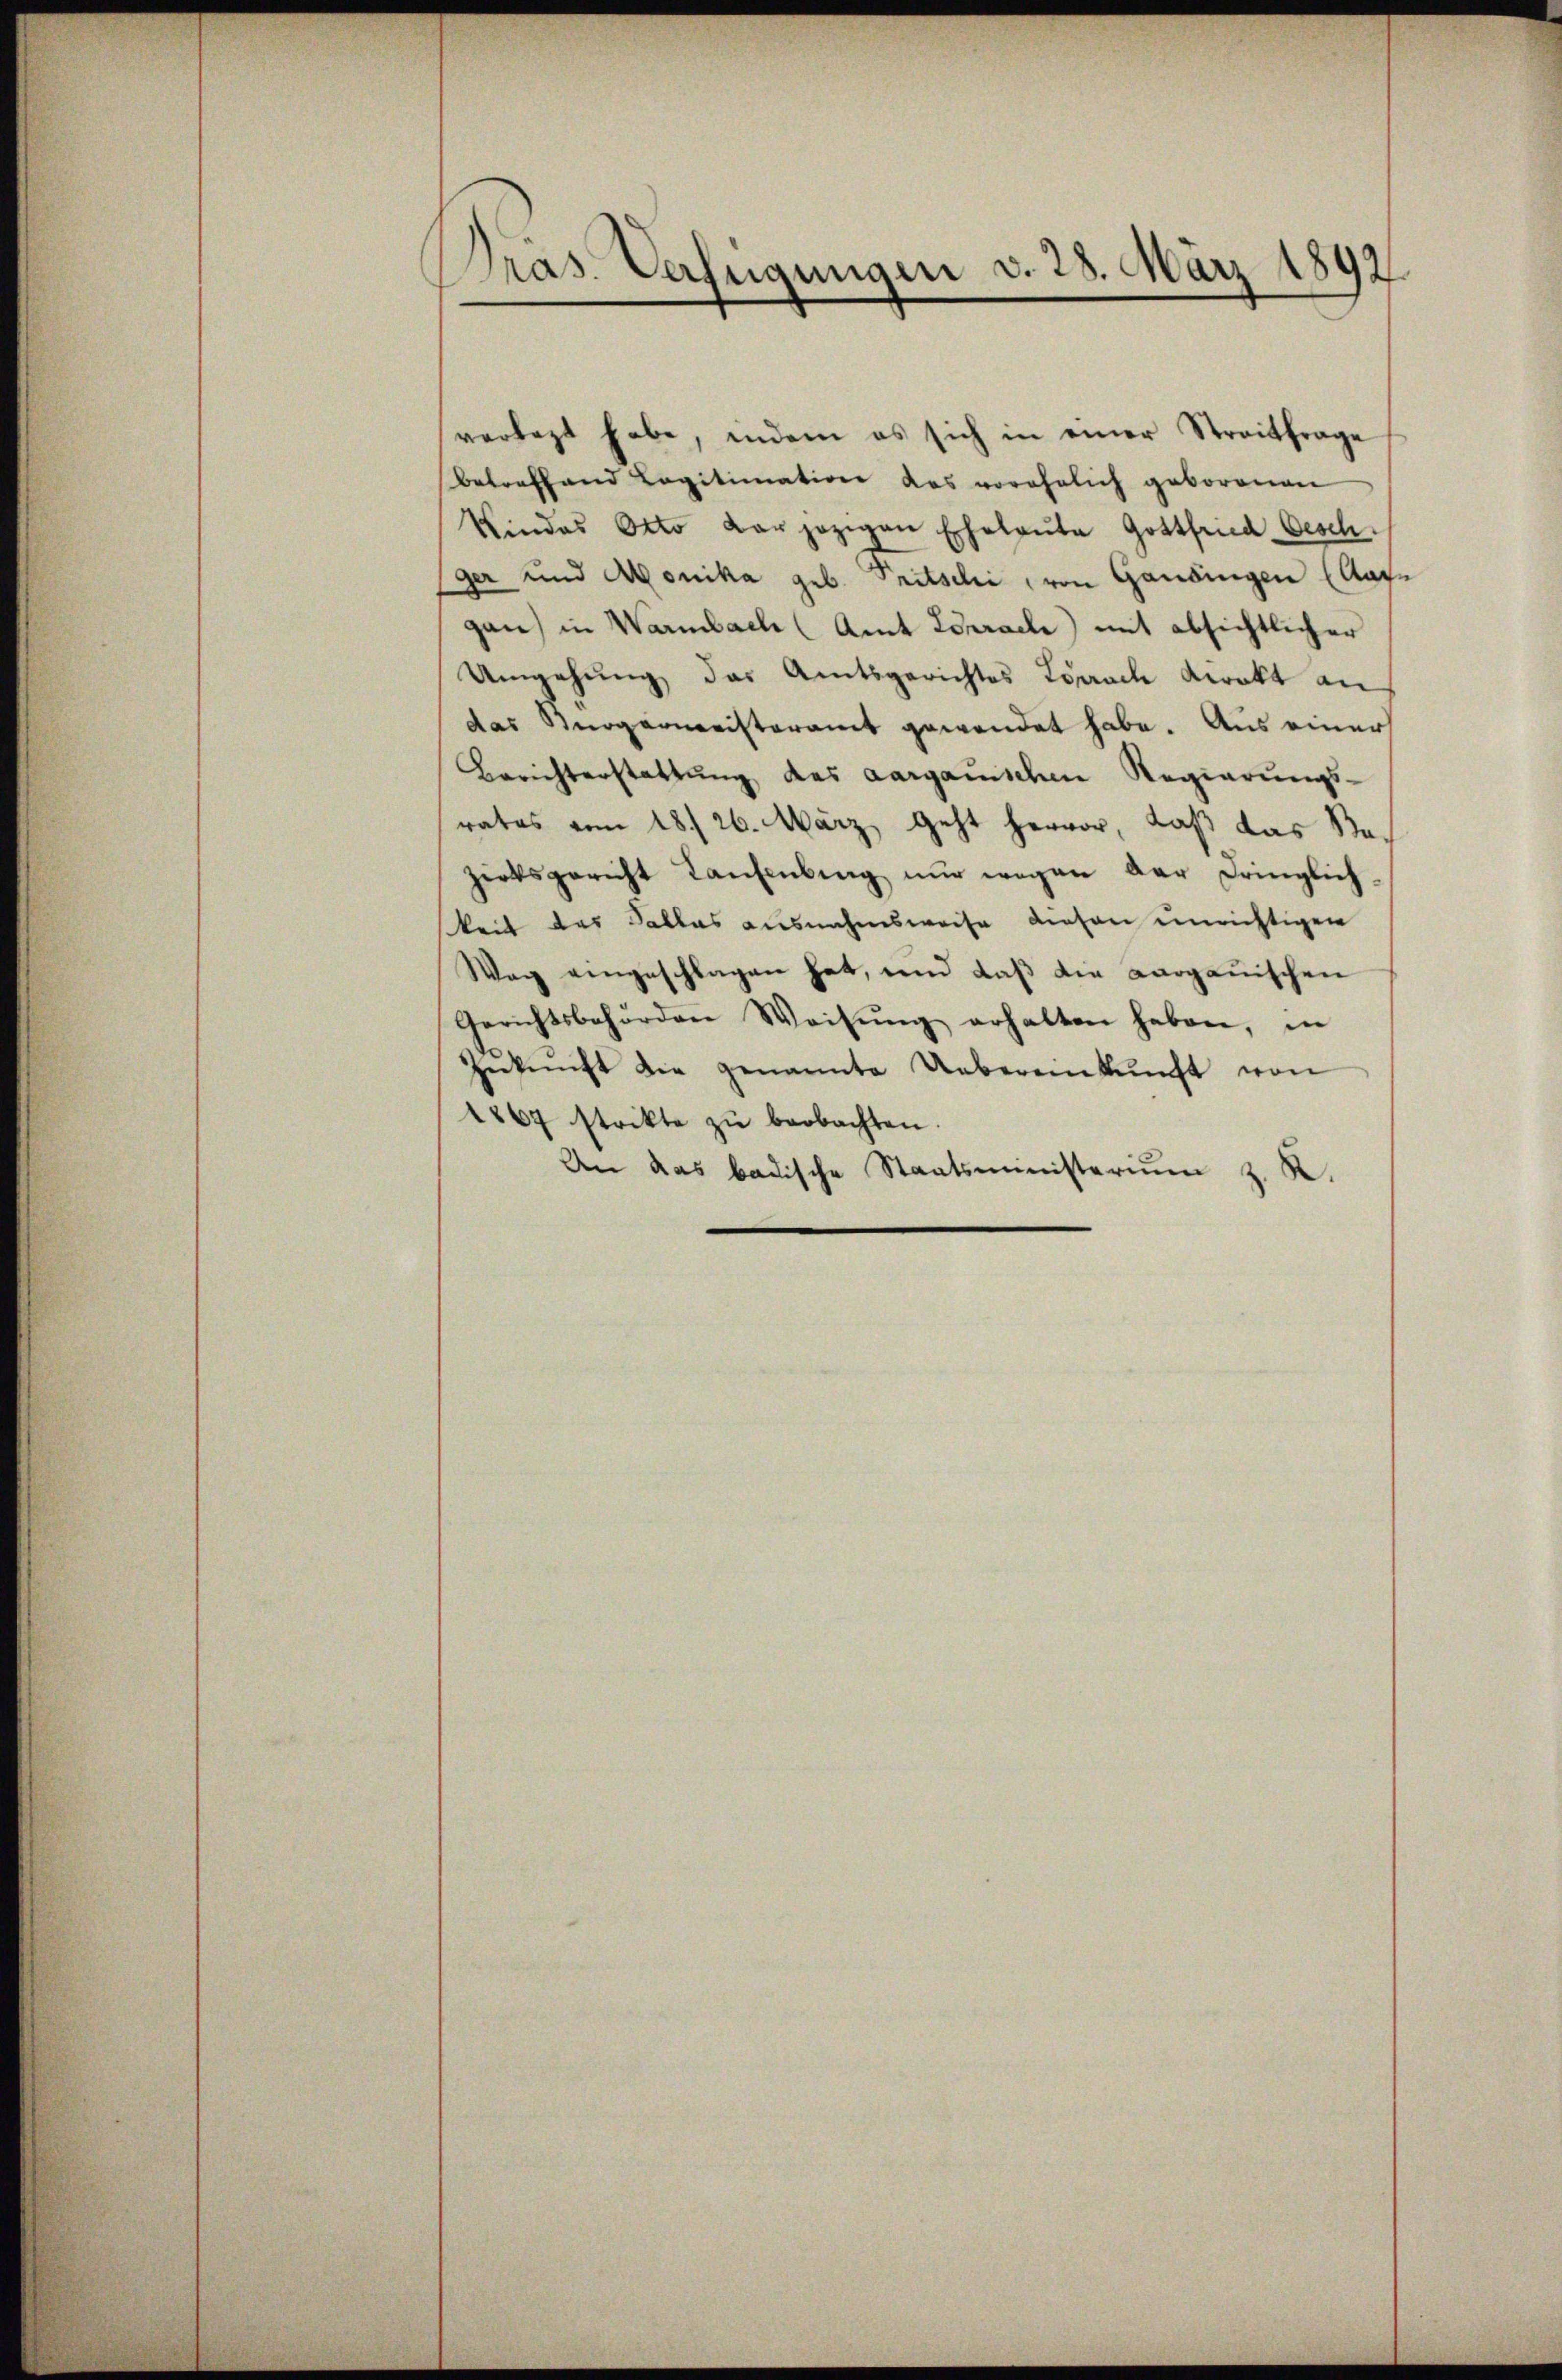
Präs. Verfügungen v. 28. März 1892

verlegt habe, indem es sich in einer Streitfrage
Betreffend Legitimation das vorehelich geborenen
Vindes Otto Karpozigen Eheleute Gottfried Oesch.
ger und Monika geb. Fritschi, von Gandingen (Aufgan) in Warmbach (Amt Lörrache mit absichtlicher
Umgehung das Amtsgerichtes Lörrach Direkt an
das Bürgermonisteramt gewendet habe. Aus einer
Berichterstattung des aargauischen Regierungs-
rates vom 18./26. März geht hervor, daß das Sta-
zirksgericht Taufenburg nur wegen der Dringlich-
keit des Falles ausnahmsweise diesen unrichtigen
Weg eingeschlagen hat, und daβ die aarganischen
Gerichtsbehörden Weisŭng erhalten haben, in
Zŭkŭnft die genannte Uebereinkunft von
1867 strikte zŭ beobachten.
An das badische Staatsministerium z. R.